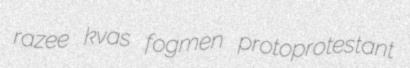
razee kvas fogmen protoprotestant